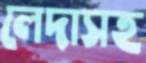
লেদাসহ